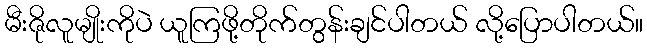
မီးဇိုလူမျိုးကိုပဲ ယူကြဖို့တိုက်တွန်းချင်ပါတယ် လို့ပြောပါတယ်။